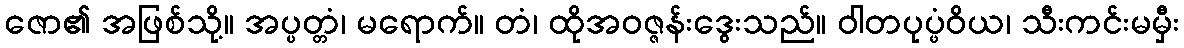
ဇော၏ အဖြစ်သို့။ အပ္ပတ္တံ၊ မရောက်။ တံ၊ ထိုအဝဇ္ဇန်းဒွေးသည်။ ဝါတပုပ္ဖံဝိယ၊ သီးကင်းမမှီး